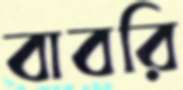
বাবরি